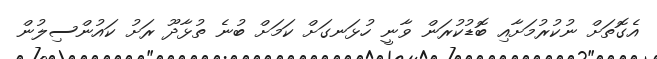
އެގޮތަށް ނުކުރުމަށާއި ބޮޑުކުރަން ވާނީ ހުޅަނގަށް ކަމަށް ބުނެ ތުޅާދޫ ރަށު ކައުންސިލުން